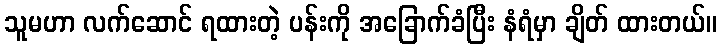
သူမဟာ လက်ဆောင် ရထားတဲ့ ပန်းကို အခြောက်ခံပြီး နံရံမှာ ချိတ် ထားတယ်။